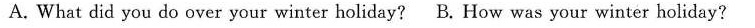
A. What did you do over your winter holiday? B. How was your winter holiday?